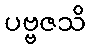
ပဗ္ဗဇသိ